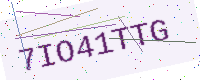
Text: 7IO41TTG